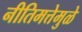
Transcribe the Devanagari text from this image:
नीतिमत्तेमुळे